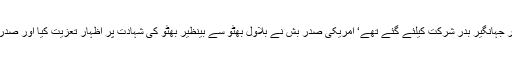
2008ءکے انتخابات کے بعد چین میں اولمپک ہوئی جس میں بلاول بھٹو‘ بختاور‘ رحمان ملک اور جہانگیر بدر شرکت کیلئے گئے تھے‘ امریکی صدر بش نے بلاول بھٹو سے بینظیر بھٹو کی شہادت پر اظہار تعزیت کیا اور صدر بش رحمان ملک کو ہاتھ سے پکڑ کر ایک کونے میں لے گئے‘ تقریباً پانچ منٹ گفتگو ہوتی رہی۔